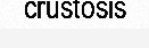
crustosis